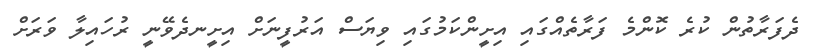
ދެފަރާތުން ކުރެ ކޮންމެ ފަރާތެއްގައި އިށީންކަމުގައި ވިޔަސް އަރުފީނަށް އިށީނދެވޭނީ ރުހައިލާ ވަރަށް